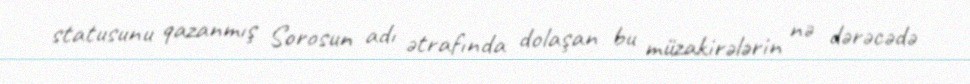
statusunu qazanmış Sorosun adı ətrafında dolaşan bu müzakirələrin nə dərəcədə